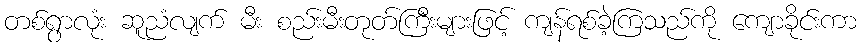
တစ်ရွာလုံး ဆူညံလျက် မီး စည်းမီးတုတ်ကြီးများဖြင့် ကျန်ရစ်ခဲ့ကြသည်ကို ကျောခိုင်းကာ